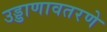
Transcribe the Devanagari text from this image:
उड्डाणावतरणे